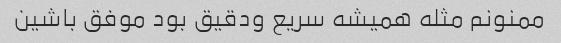
ممنونم مثله همیشه سریع ودقیق بود موفق باشین